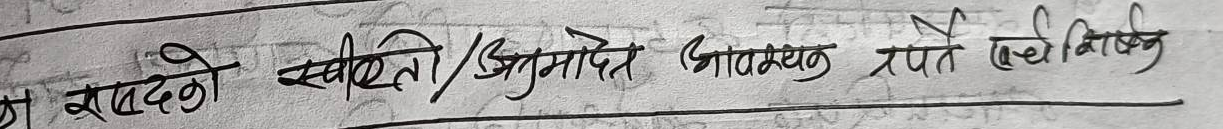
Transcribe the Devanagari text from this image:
खान्दनो स्वीकृति/अनुमोदन आवश्यक रूपले वैधानिक